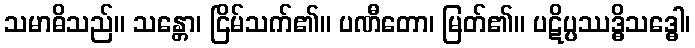
သမာဓိသည်။ သန္တော၊ ငြိမ်သက်၏။ ပဏီတော၊ မြတ်၏။ ပဋိပ္ပဿဒ္ဓိသဒ္ဓေါ၊